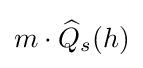
m\cdot {\widehat {Q}}_{s}(h)